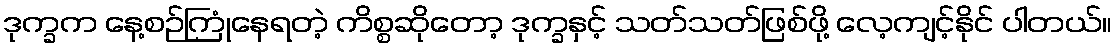
ဒုက္ခက နေ့စဉ်ကြုံနေရတဲ့ ကိစ္စဆိုတော့ ဒုက္ခနှင့် သတ်သတ်ဖြစ်ဖို့ လေ့ကျင့်နိုင် ပါတယ်။